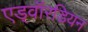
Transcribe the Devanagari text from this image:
एड्वॉरडियन